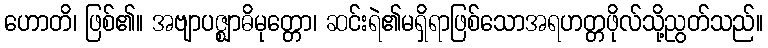
ဟောတိ၊ ဖြစ်၏။ အဗျာပဇ္ဈာဓိမုတ္တော၊ ဆင်းရဲ၏မရှိရာဖြစ်သောအရဟတ္တဖိုလ်သို့ညွတ်သည်။